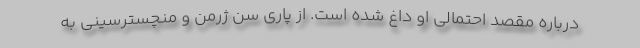
درباره مقصد احتمالی او داغ شده است. از پاری سن ژرمن و منچسترسینی به